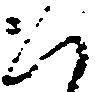
ハ